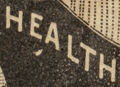
HEALTH